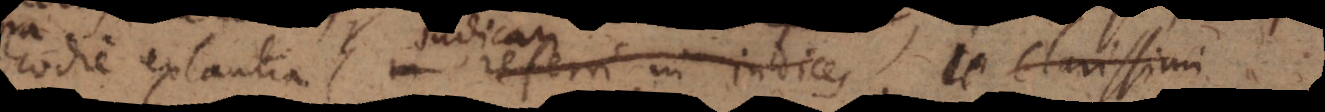
hodie extantia in referri in indices,, Clarissimi